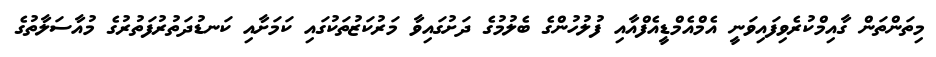
މިތަންތަން ގާއިމްކުރެވިފައިވަނީ އެމްއެމްޑީއެފްއާއި ފުލުހުންގެ ބެލުމުގެ ދަށުގައިވާ މަރުކަޒުތަކުގައި ކަމަށާއި ކަނޑުދަތުުރުފަތުުރުގެ މުއާސަލާތުގެ